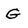
Character: G